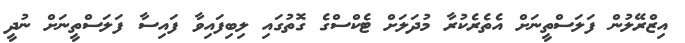
އިޒްރޭލުން ފަލަސްތީނަށް އެތެރެކުރާ މުދަލަށް ޓެކްސްގެ ގޮތުގައި ލިބިފައިވާ ފައިސާ ފަލަސްތީނަށް ނުދީ